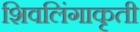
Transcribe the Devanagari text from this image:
शिवलिंगाकृती